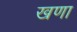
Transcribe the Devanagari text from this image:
खणा